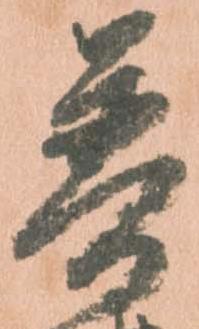
普